Medical and sanitary report of the native army of Madras for the year
Year: 1876
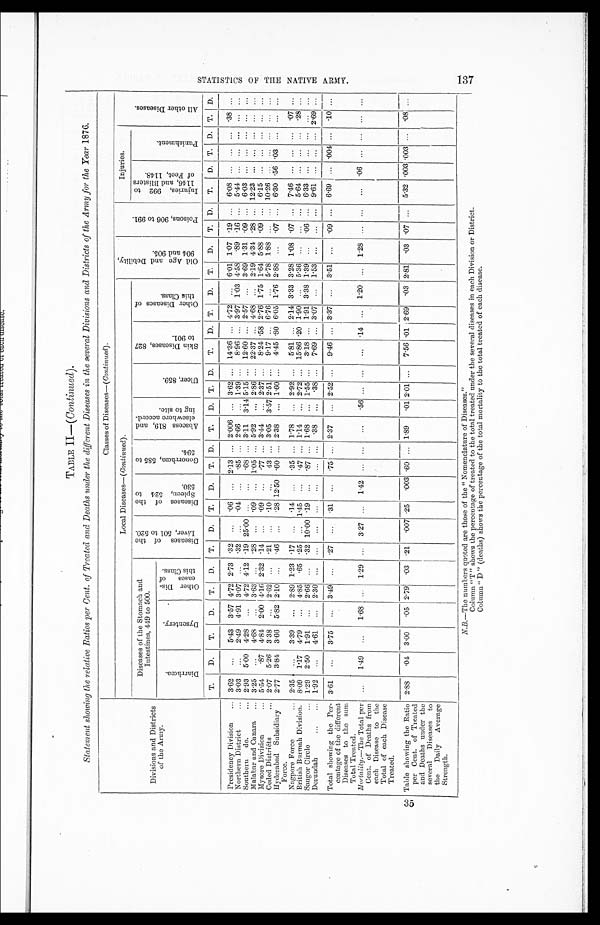
STATISTICS OF THE NATIVE ARMY.
137
TABLE II-(Continued).
Statement showing the relative Ratios per Cent. of Treated and Deaths under the different Diseases in the several Divisions and Districts of the Army for the Year 1 8 7 6 .
Divisions and Districts
of t he Ar my.
Classes of Diseases-( Continued).
Local Diseases-(Continued).
O l d A g e a n d D e b i l i t y ,
9 0 4 a n d 9 0 5 .
P o i s o n s , 9 0 6 t o 9 9 1 .
Injuries.
A l l o t h e r D i s e a s e s .
Diseases of the Stomach and
Intestines, 449 to 500.
D i s e a s e s o f t h e
L i v e r , 5 0 1 t o 5 2 0 .
D i s e a s e s o f t h e
S p l e e n , 5 2 4 t o
5 3 0 .
G o n o r r h œ a , 5 8 5 t o
5 9 4 . A b s c e s s 8 1 9 , a n d
e l s e w h e r e a c c o r d -
i n g t o s i t e .
U l c e r , 8 5 9 .
S k i n D i s e a s e s , 8 2 7
t o 9 0 1 .
O t h e r D i s e a s e s o f
t h i s C l a u s e s .
I n j u r i e s , 9 9 2 t o
1 1 4 6 , a n d B l i s t e r s
o f F e e t , 1 1 4 8 .
P u n i s h m e n t .
D i a r r h œ a .
D y s e n t e r y .
O t h e r D i s -
e a s e s o f
t h i s C l a s s .
T. D. T. D. T. D. T. D. T. D. T. D. T. D. T. D. T. D. T. D. T. D. T. D. T. D. T. D. T. D.
Presidency Division 3.62
5 . 4 3 3.57 4.72 2.73 .32
. 0 6
2.13 2.006
3.62 14.36 4.72
6.01 1.07 .19
6.08
.38
Northern District
3.03
2.49 4.91 3.07
.32
.04
.85 2. 66
1.39
8.96 3.97 1.03 4.58 . 8 9 .16
5.44
Southern do.
2.93 5. 00 4.28
4.72 4.12 .19 25.00
.68 3. 11 3.14 5.15 12.60 2.57
3.69 1.31 .09
6.03
Malabar and Canara
3.25
4.68
3.63
.28
.09
1.05 5. 92
2.86 22.37 4.68
2.19 4.34 .28 12.23
Mysore Division
5.54 .87 4.84 2.00 4.16 2.32 .14
. 0 9
.77 3. 44
2.37
8.24 .58 2.76 1.75 1.64 5.88 .09
6.15
Ceded Districts
2.07 5.26 3.38
2.62
.21
. 1 0
43 3. 05 3.57 2.51
9.17 6.76
5.78 1.88
10.26
Hyderabad Subsidiary 2.77 3. 84 3.66 5.82 2.10
.46
. 2 8 12.50 . 6 0 2. 38
1.60
4.45 . 8 0 6.05 1.76 2.88
.07
6.30 .56 . 0 3
Force.
Nagpore Force
2.35
3.39
2.89 1.23 .17
. 1 4
.35 1. 78
2.92
5.81 2.14 3.33 3.28 1.08 .07
7.46
.07
British Burmah Division. 8.09 1.17 4.79
4.85 . 65 .25
1.45
.47 1. 14
2.72 15.86 . 2 0 1.90
5.36
5.64
. 2 8
Saugor Circle
1.29 2.50 1.91
2.66
.32 10.00 . 1 9
.87 1. 68
1.55
3.18 1.91 3.38 1.39
.06 6.33
Dorundah 1.92
4.61
2.30
.38
.38
7.69 3.07
1.53
9.61
2.69
Total showing the Per-
centage of the different
Diseases to the sum
Total Treated.
3.61
3.75
3.49
.27
.31
.75 2. 37
2.52
9.46 3.37
3.51
.09
6.69 .004 .10
Mortality.
— T h e T o t a l p e r
Cent. of Deaths from
each Disease to the
Total of each Disease
Treated.
1. 49
1.68
1.29
3.27
1.42
.56
.14
1.20
1.28
.06
Table showing the Ratio
per Cent. of Treated
and Deaths under the
several Diseases to
the Daily Average
Strength.
2.88 .04 3.00 .05 2.79. .03 .21 . 007 .25 . 003 . 6 0 1. 89 .01 2.01
7.56 .01 2.69 .03 2.81 .03 .07
5.32 .003..003 .08
N . B . — T h e n u m b e r s q u o t e d a r e t h o s e o f t h e " N o m e n c l a t u r e o f D i s e a s e s . " Column "T" shows the percentage of treated to the total treated under the several diseases in each Division or District.
Column "D" (deaths) shows the percentage of the total mortality to the total treated of each disease.